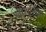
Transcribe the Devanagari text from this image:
नाथसिंह